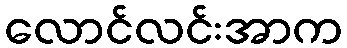
လောင်လင်းအာက